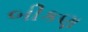
બીકણ